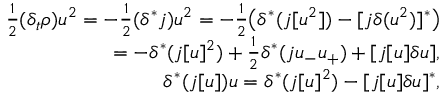
\begin{array} { r } { \frac 1 2 ( \delta _ { t } \rho ) u ^ { 2 } = - \frac 1 2 ( \delta ^ { * } j ) u ^ { 2 } = - \frac 1 2 \big ( \delta ^ { * } ( j [ u ^ { 2 } ] ) - [ j \delta ( u ^ { 2 } ) ] ^ { * } \big ) } \\ { = - \delta ^ { * } ( j [ u ] ^ { 2 } ) + \frac 1 2 \delta ^ { * } ( j u _ { - } u _ { + } ) + [ j [ u ] \delta u ] , } \\ { \delta ^ { * } ( j [ u ] ) u = \delta ^ { * } ( j [ u ] ^ { 2 } ) - [ j [ u ] \delta u ] ^ { * } , } \end{array}